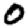
Digit: 0